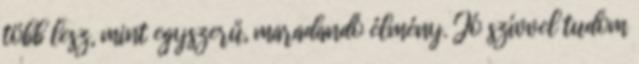
több lesz, mint egyszerű, maradandó élmény. Jó szívvel tudom